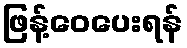
ဖြန့်ဝေပေးရန်